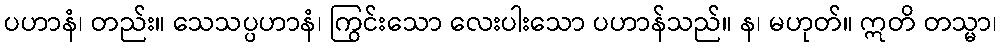
ပဟာနံ၊ တည်း။ သေသပ္ပဟာနံ၊ ကြွင်းသော လေးပါးသော ပဟာန်သည်။ န၊ မဟုတ်။ ဣတိ တသ္မာ၊